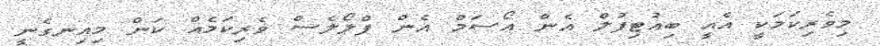
މިވެރިކަމަކީ އެއީ ބިއުޓިފުލް އެން އޯސަމް އެން ފްލޯލެސް ވެެރިކަމެއް ކަން މިއިނގެނީ